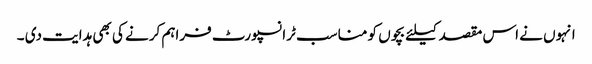
انہوں نے اس مقصد کیلئے بچوں کو مناسب ٹرانسپورٹ فراہم کرنے کی بھی ہدایت دی ۔